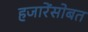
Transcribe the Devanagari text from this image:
हजारेंसोबत